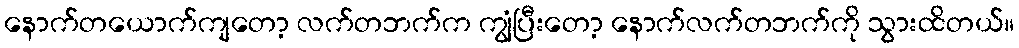
နောက်တယောက်ကျတော့ လက်တဘက်က ကျွံပြီးတော့ နောက်လက်တဘက်ကို သွားထိတယ်။